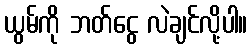
ယွမ်ကို ဘတ်ငွေ လဲချင်လို့ပါ။